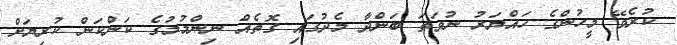
ކުރެވޭ މީހުންގެ ހައްޔަރު ނުވަތަ ބަންދާ މެދުގައި ގޮތެއް ނިންމުމުގެ ކަންކަން ކުރިޔަށް